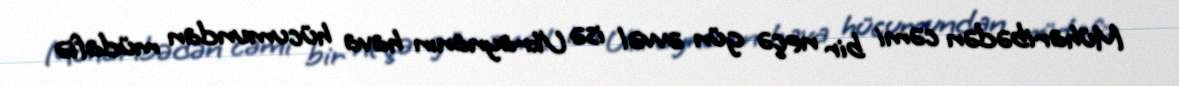
Müharibədən cəmi bir neçə gün əvvəl isə Ukraynanın hava hücumundan müdafiə